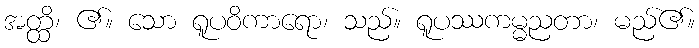
အတ္ထိ၊ ၏။ သော ရူပဝိကာရော၊ သည်။ ရူပဿကမ္မညတာ၊ မည်၏။